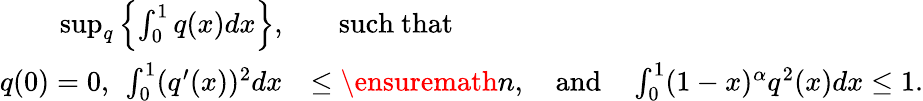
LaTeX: \begin{array}{rl}{\operatorname*{sup}_{q}\left\{ \int_{0}^{1}q(x)dx\right\} ,}&{\quad\mathrm{such~that}}\\ {q(0)=0,~\int_{0}^{1}(q^{\prime}(x))^{2}dx}&{\leq\ensuremath{n},\quad\mathrm{and}\quad\int_{0}^{1}(1-x)^{\alpha}q^{2}(x)dx\leq 1.}\end{array}